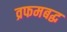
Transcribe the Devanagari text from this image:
व्रफमबद्ध